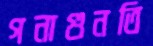
গনাগুনতি